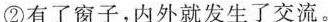
①窗外的竹子或青山，经过窗子的框框望出，就是一幅画。